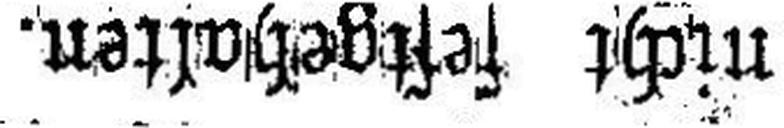
nicht festgehalten.